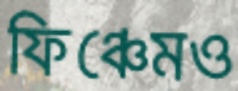
ফিঞ্চেমও